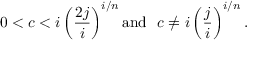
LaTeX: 0 < c < i \left( \frac { 2 j } { i } \right) ^ { i / n } \mathrm { a n d } \ \ c \neq i \left( \frac { j } { i } \right) ^ { i / n } .